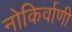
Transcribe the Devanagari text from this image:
नोकिर्वाणी